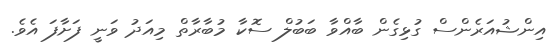
އިންޝުއަރެންސް ގުޅިގެން ބާއްވާ ބަބުލް ސޮކާ މުބާރާތް މިއަދު ވަނީ ފަށާފަ އެވެ.